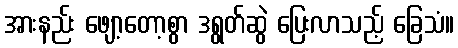
အားနည်း ဖျော့တော့စွာ ဒရွတ်ဆွဲ ပြေးလာသည့် ခြေသံ။